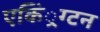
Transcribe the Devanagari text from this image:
एकिं्रग्टन